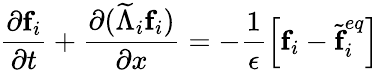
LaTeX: \frac{\partial\textbf{f}_{i}}{\partial t}+\frac{\partial(\widetilde{\Lambda}_{i}\textbf{f}_{i})}{\partial x}=-\frac{1}{\epsilon}\left[\textbf{f}_{i}-\widetilde{\textbf{f}}_{i}^{eq}\right]